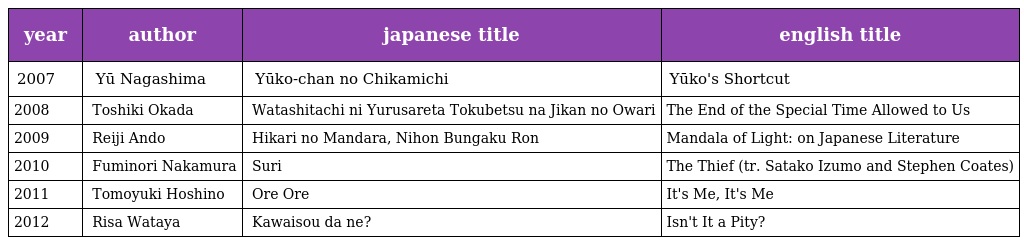
| year | author | japanese title | english title |
 | --- | --- | --- | --- |
 | 2007 | 長嶋有 Yū Nagashima | 夕子ちゃんの近道 Yūko-chan no Chikamichi | Yūko's Shortcut |
 | 2008 | 岡田利規 Toshiki Okada | わたしたちに許された特別な時間の終わり Watashitachi ni Yurusareta Tokubetsu na Jikan no Owari | The End of the Special Time Allowed to Us |
 | 2009 | 安藤礼二 Reiji Ando | 光の曼荼羅　日本文学論 Hikari no Mandara, Nihon Bungaku Ron | Mandala of Light: on Japanese Literature |
 | 2010 | 中村文則 Fuminori Nakamura | 掏摸 Suri | The Thief (tr. Satako Izumo and Stephen Coates) |
 | 2011 | 星野友幸 Tomoyuki Hoshino | 俺俺 Ore Ore | It's Me, It's Me |
 | 2012 | 綿矢りさ Risa Wataya | かわいそうだね？ Kawaisou da ne? | Isn't It a Pity? |